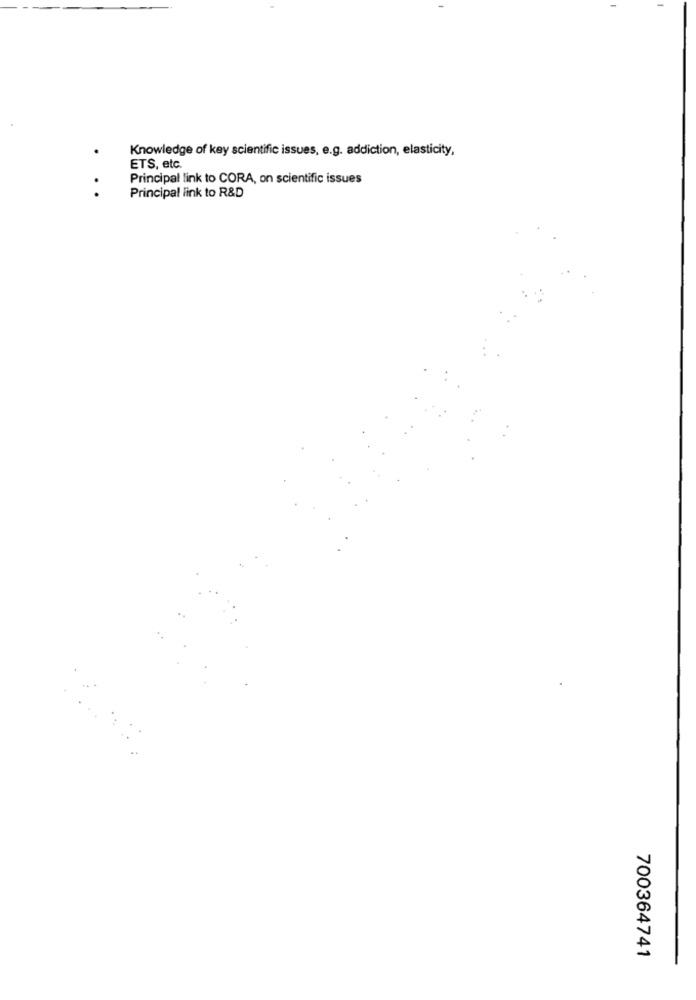
Knowledge of key scientific issues, e.g. addiction, elasticity,
ETS, etc.
Principal link to CORA, on scientific issues
..
Principal link to R&D
700364741